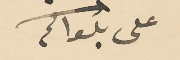
على بلواكم